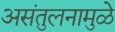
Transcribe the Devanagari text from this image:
असंतुलनामुळे